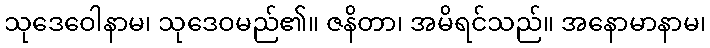
သုဒေဝေါနာမ၊ သုဒေဝမည်၏။ ဇနိတာ၊ အမိရင်သည်။ အနောမာနာမ၊